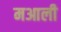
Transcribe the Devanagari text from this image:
मआली